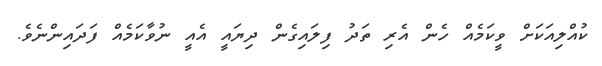
ކުއްލިއަކަށް ވީކަމެއް ހެން އެރި ތަދު ފިލައިގެން ދިޔައީ އެއީ ނުވާކަމެއް ފަދައިންނެވެ.